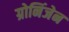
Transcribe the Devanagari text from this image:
ग्रोनिंजेन